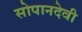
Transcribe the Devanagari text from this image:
सोपानदेवी